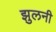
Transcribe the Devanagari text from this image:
झुलनी